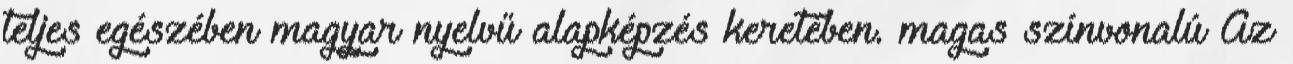
teljes egészében magyar nyelvű alapképzés keretében. magas színvonalú Az